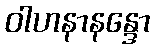
ဝါဟနာနန္ဒော